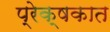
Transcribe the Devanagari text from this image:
प्रेक्षकात